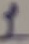
Text: 1